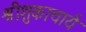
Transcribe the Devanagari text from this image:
श्रीशुकाचार्य